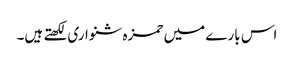
اس بارے میں حمزہ شنواری لکھتے ہیں۔